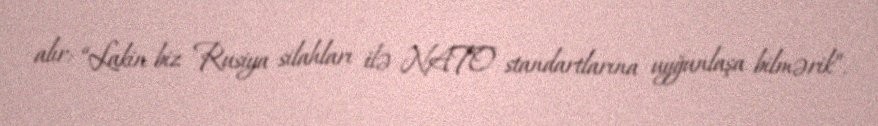
alır: “Lakin biz Rusiya silahları ilə NATO standartlarına uyğunlaşa bilmərik”.